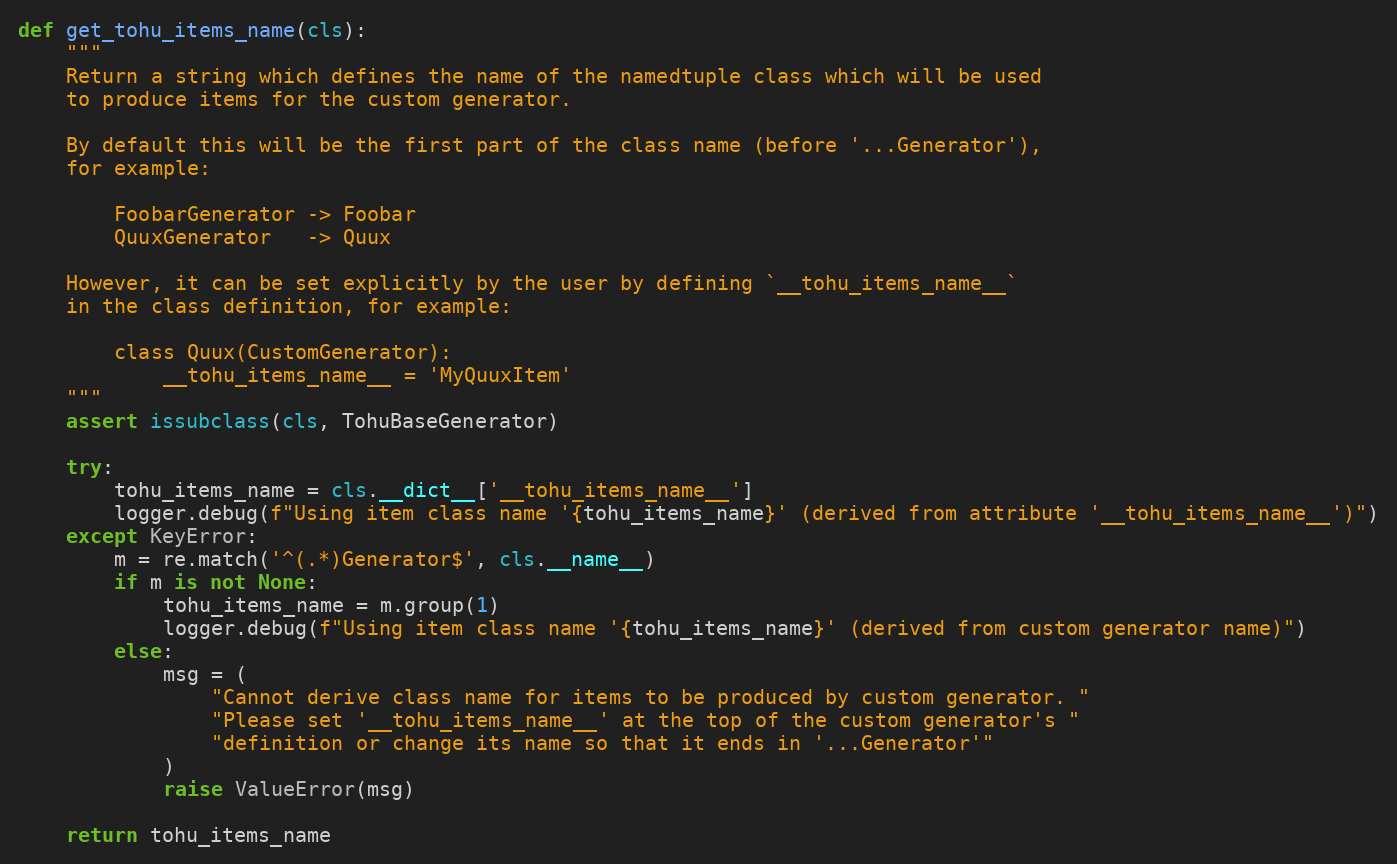
Language: Python
def get_tohu_items_name(cls):
    """
    Return a string which defines the name of the namedtuple class which will be used
    to produce items for the custom generator.

    By default this will be the first part of the class name (before '...Generator'),
    for example:

        FoobarGenerator -> Foobar
        QuuxGenerator   -> Quux

    However, it can be set explicitly by the user by defining `__tohu_items_name__`
    in the class definition, for example:

        class Quux(CustomGenerator):
            __tohu_items_name__ = 'MyQuuxItem'
    """
    assert issubclass(cls, TohuBaseGenerator)

    try:
        tohu_items_name = cls.__dict__['__tohu_items_name__']
        logger.debug(f"Using item class name '{tohu_items_name}' (derived from attribute '__tohu_items_name__')")
    except KeyError:
        m = re.match('^(.*)Generator$', cls.__name__)
        if m is not None:
            tohu_items_name = m.group(1)
            logger.debug(f"Using item class name '{tohu_items_name}' (derived from custom generator name)")
        else:
            msg = (
                "Cannot derive class name for items to be produced by custom generator. "
                "Please set '__tohu_items_name__' at the top of the custom generator's "
                "definition or change its name so that it ends in '...Generator'"
            )
            raise ValueError(msg)

    return tohu_items_name